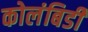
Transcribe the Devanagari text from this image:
कोलंबिडी